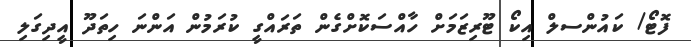
ފޮޓޯ/ ކައުންސލް އިކޯ ޓޫރިޒަމަށް ހާއްސަކޮށްގެން ތަރައްގީ ކުރަމުން އަންނަ ހިތަދޫ އީދިގަލި